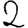
Digit: 2